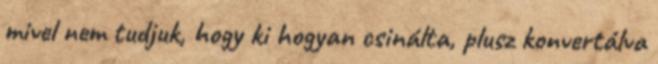
mivel nem tudjuk, hogy ki hogyan csinálta, plusz konvertálva